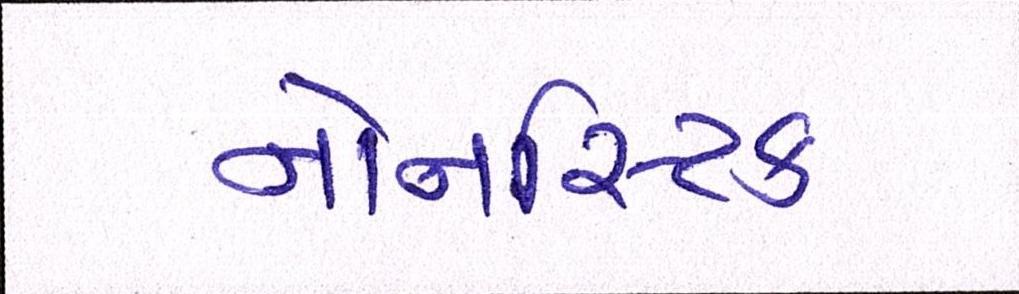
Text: નોનસ્ટિક